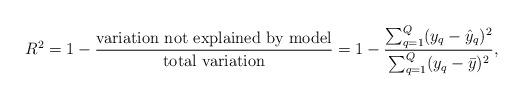
LaTeX: \begin{align*}R^2 = 1 - \frac{\textrm{variation not explained by model}}{\textrm{total variation}} = 1 - \frac{\sum_{q=1}^{Q} (y_q - \hat{y}_q)^2}{\sum_{q=1}^{Q} (y_q - \bar{y})^2} ,\end{align*}